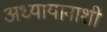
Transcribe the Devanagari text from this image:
अध्यायानाशी